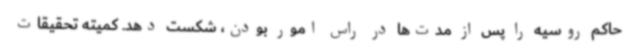
حاکم روسیه را پس از مدت‌ها در راس امور بودن، شکست دهد. کمیته تحقیقات